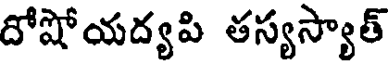
దోషోయద్యపి తస్యస్యాత్